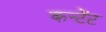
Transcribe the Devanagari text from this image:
कन्टेंट